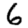
Digit: 6